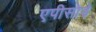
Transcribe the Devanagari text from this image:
एपीसोड़े